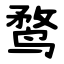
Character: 鹜